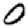
Digit: 0